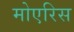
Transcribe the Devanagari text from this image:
मोएरिस